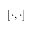
[ \cdot , \cdot ]